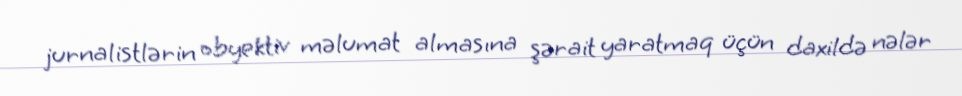
jurnalistlərin obyektiv məlumat almasına şərait yaratmaq üçün daxildə nələr